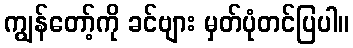
ကျွန်တော့်ကို ခင်ဗျား မှတ်ပုံတင်ပြပါ။